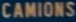
CAMIONS